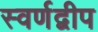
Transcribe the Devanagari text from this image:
स्वर्णद्वीप